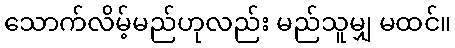
သောက်လိမ့်မည်ဟုလည်း မည်သူမျှ မထင်။